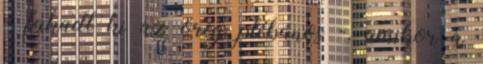
- fakadt ki az öreg plébános -, amikor a